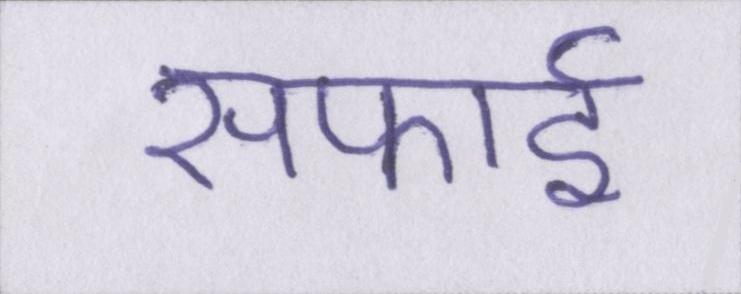
सफाई